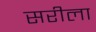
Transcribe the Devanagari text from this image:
सरीला